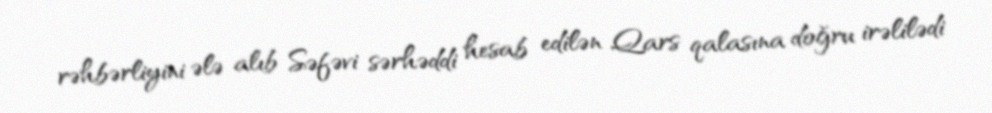
rəhbərliyini ələ alıb Səfəvi sərhəddi hesab edilən Qars qalasına doğru irəlilədi